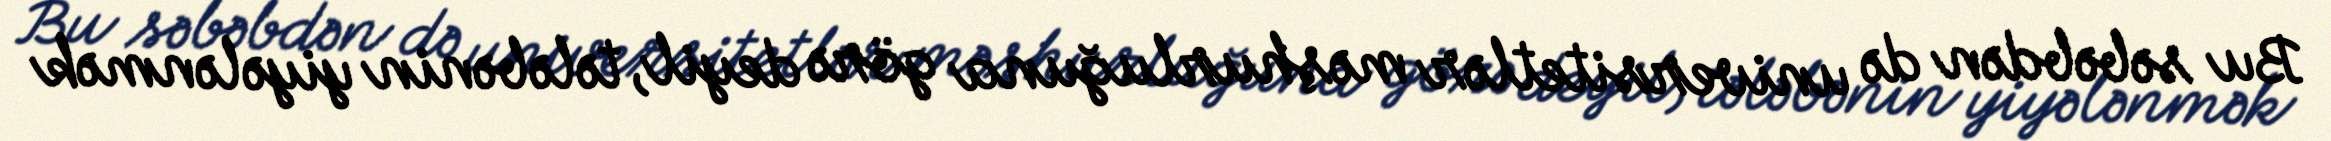
Bu səbəbdən də universitetlər məşhurluğuna görə deyil, tələbənin yiyələnmək